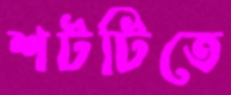
শটটিতে